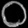
Digit: ၀